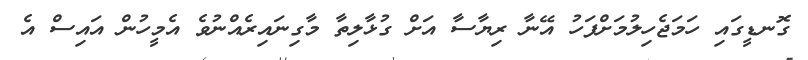
ގޮނޑީގައި ހަމަޖެހިލުމަށްފަހު އޭނާ ރިޔާސާ އަށް ގުޅާލިތާ މާގިނައިރެއްނުވެ އެމީހުން އައިސް އެ